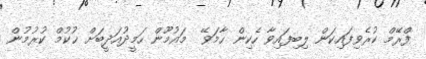
ފްރޭމް ކުރެވިފައިކަން ލިބިފައިވާ ހެކިން ހާމަވޭ  މައުމޫން ހަމީދުއަދީބަށް ޙުކުމް ކުރުމުން